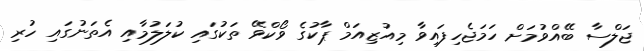
ޖަލްސާ ބޭއްވުމަށް ހަމަޖެހިފައިވާ މިއުޒިއަމް ޕާކުގެ ވޯކްވޭ ތަކުގައި ކުލަލުމާއި އެތަނުގައި ހުރި